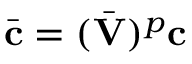
\bar { \mathbf { c } } = ( \bar { \mathbf { V } } ) ^ { p } \mathbf { c }